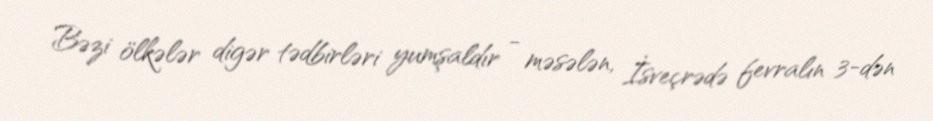
Bəzi ölkələr digər tədbirləri yumşaldır - məsələn, İsveçrədə fevralın 3-dən